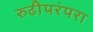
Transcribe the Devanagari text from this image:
रुढीपरंपरा